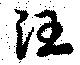
汪